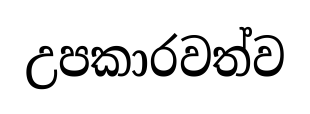
උපකාරවත්ව